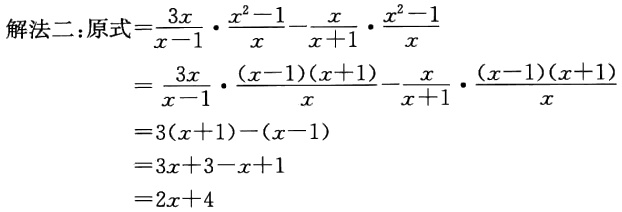
解法二：原式\(=\frac{3x}{x - 1} \cdot \frac{x^{2} - 1}{x} - \frac{x}{x + 1} \cdot \frac{x^{2} - 1}{x}\)

\(=\frac{3x}{x - 1} \cdot \frac{(x - 1)(x + 1)}{x} - \frac{x}{x + 1} \cdot \frac{(x - 1)(x + 1)}{x}\)

\(=3(x + 1) - (x - 1)\)

\(=3x + 3 - x + 1\)

\(=2x + 4\)